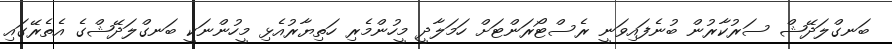
ބަނގްލަދޭޝް ސަރުކާރުން ބުނެފައިވަނީ ރެސްޓޯރަންޓަށް ހަމަލާދީ މީހުންމެރި ހަތިޔާރުއެޅި މީހުންނަކީ ބަނގްލަދޭޝްގެ އެތެރޭގައި